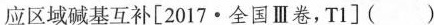
应区域碱基互补[2017·全国Ⅲ卷，T1]()